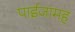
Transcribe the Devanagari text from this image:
पाईजामह